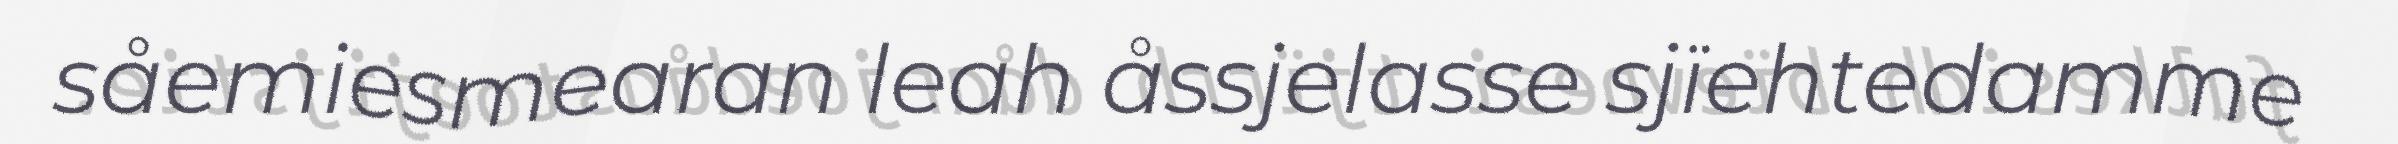
såemiesmearan leah åssjelasse sjïehtedamme